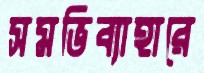
সমভিব্যাহারে